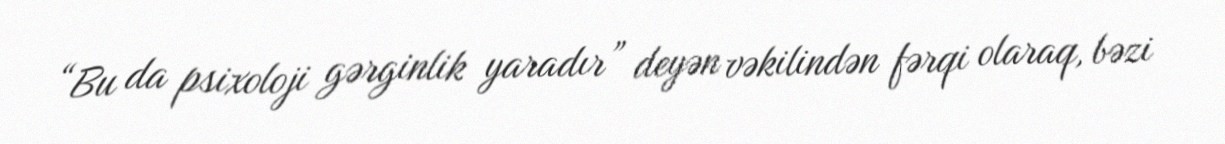
“Bu da psixoloji gərginlik yaradır” deyən vəkilindən fərqi olaraq, bəzi